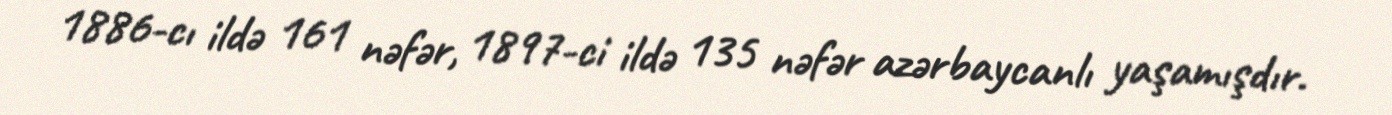
1886-cı ildə 161 nəfər, 1897-ci ildə 135 nəfər azərbaycanlı yaşamışdır.